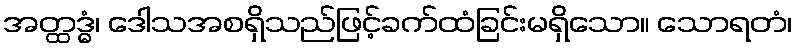
အတ္ထဒ္ဓံ၊ ဒေါသအစရှိသည်ဖြင့်ခက်ထံခြင်းမရှိသော။ သောရတံ၊